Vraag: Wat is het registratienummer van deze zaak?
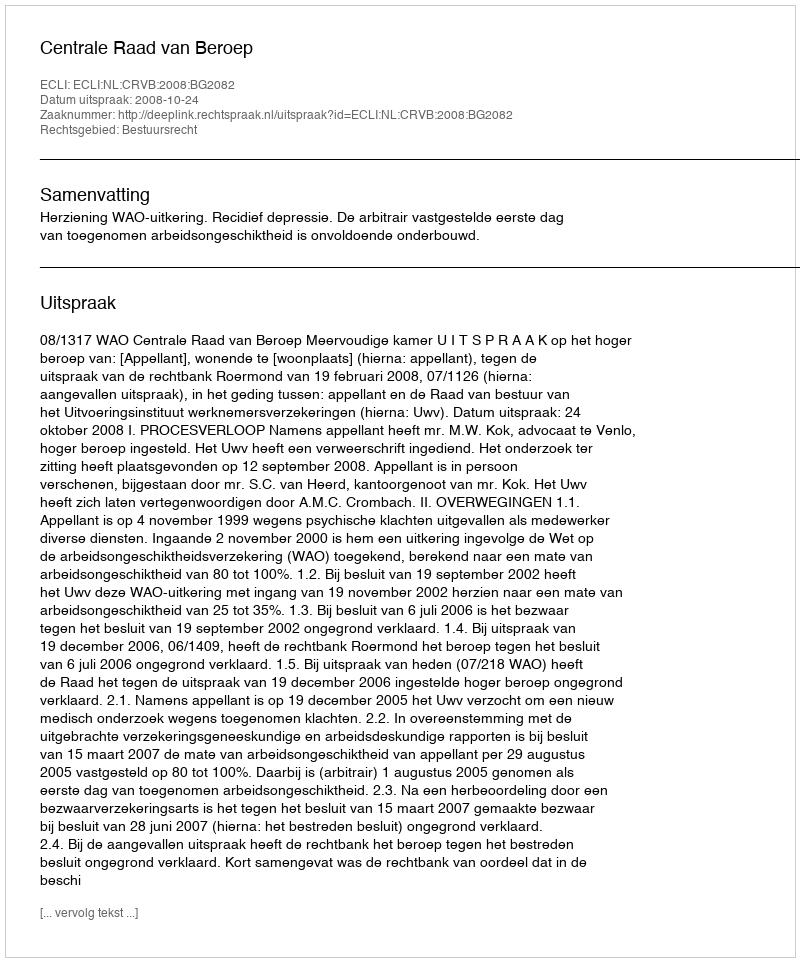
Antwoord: http://deeplink.rechtspraak.nl/uitspraak?id=ECLI:NL:CRVB:2008:BG2082